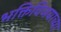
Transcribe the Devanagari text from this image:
भक्तिविजयाच्या